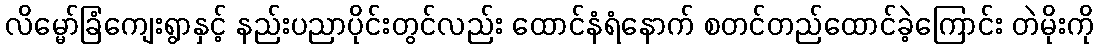
လိမ္မော်ခြံကျေးရွာနှင့် နည်းပညာပိုင်းတွင်လည်း ထောင်နံရံနောက် စတင်တည်ထောင်ခဲ့ကြောင်း တဲမိုးကို